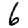
Digit: 6